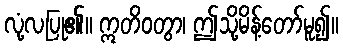
လုံ့လပြု၏။ ဣတိဝတွာ၊ ဤသို့မိန့်တော်မူ၍။